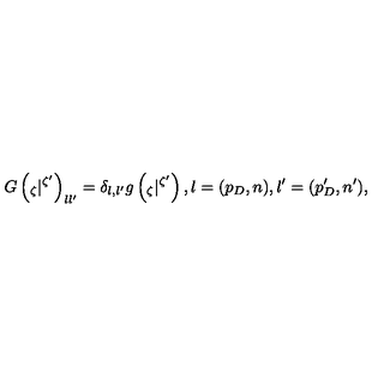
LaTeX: G \left( { } _ { \zeta } | { } ^ { \zeta ^ { \prime } } \right) _ { l l ^ { \prime } } = \delta _ { l , l ^ { \prime } } g \left( { } _ { \zeta } | { } ^ { \zeta ^ { \prime } } \right) , l = ( p _ { D } , n ) , l ^ { \prime } = ( p _ { D } ^ { \prime } , n ^ { \prime } ) ,